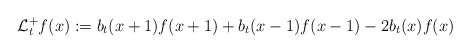
\begin{align*}\mathcal{L}_{t}^{+}f(x):=b_{t}(x+1)f(x+1)+b_{t}(x-1)f(x-1)-2b_{t}(x)f(x)\end{align*}